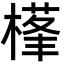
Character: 樥